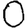
Digit: 0